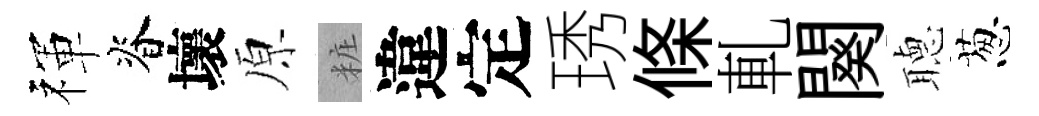
禈脊壞原粧違定琇條軋闋𦗟葱